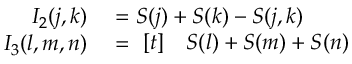
\begin{array} { r l } { I _ { 2 } ( j , k ) } & { { } = S ( j ) + S ( k ) - S ( j , k ) } \\ { I _ { 3 } ( l , m , n ) } & { { } = \! \begin{array} { r l } { [ t ] } & { { } S ( l ) + S ( m ) + S ( n ) } \end{array} } \end{array}